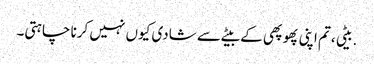
.بیٹی ،تم اپنی پھوپھی کے بیٹے سے شادی کیوں نہیں کرنا چاہتی۔